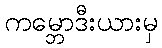
ကမ္ဘောဒီးယားမှ